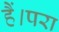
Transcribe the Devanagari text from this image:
हैं।परा